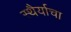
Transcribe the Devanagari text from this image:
स्थैर्याचा